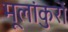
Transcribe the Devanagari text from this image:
मूलांकुरों